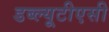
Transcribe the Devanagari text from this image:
डब्ल्यूटीएसी